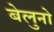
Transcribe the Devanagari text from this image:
बेलुनो